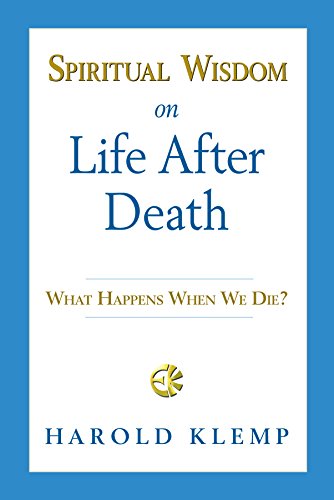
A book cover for Spiritual Wisdom on Life after Death; Harold Klemp; Religion & Spirituality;